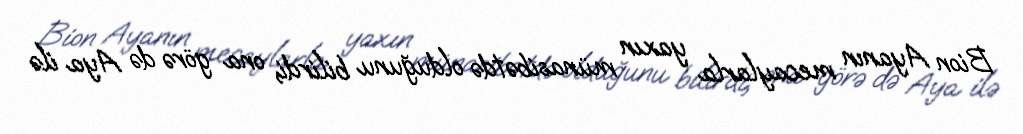
Bion Ayanın mecaylarla yaxın münasibətdə olduğunu bilirdi, ona görə də Aya ilə